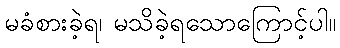
မခံစားခဲ့ရ၊ မသိခဲ့ရသောကြောင့်ပါ။